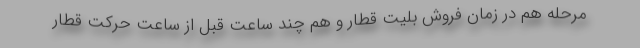
مرحله هم در زمان فروش بلیت قطار و هم چند ساعت قبل از ساعت حرکت قطار